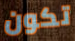
تكون